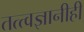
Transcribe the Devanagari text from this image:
तत्त्वज्ञानीही